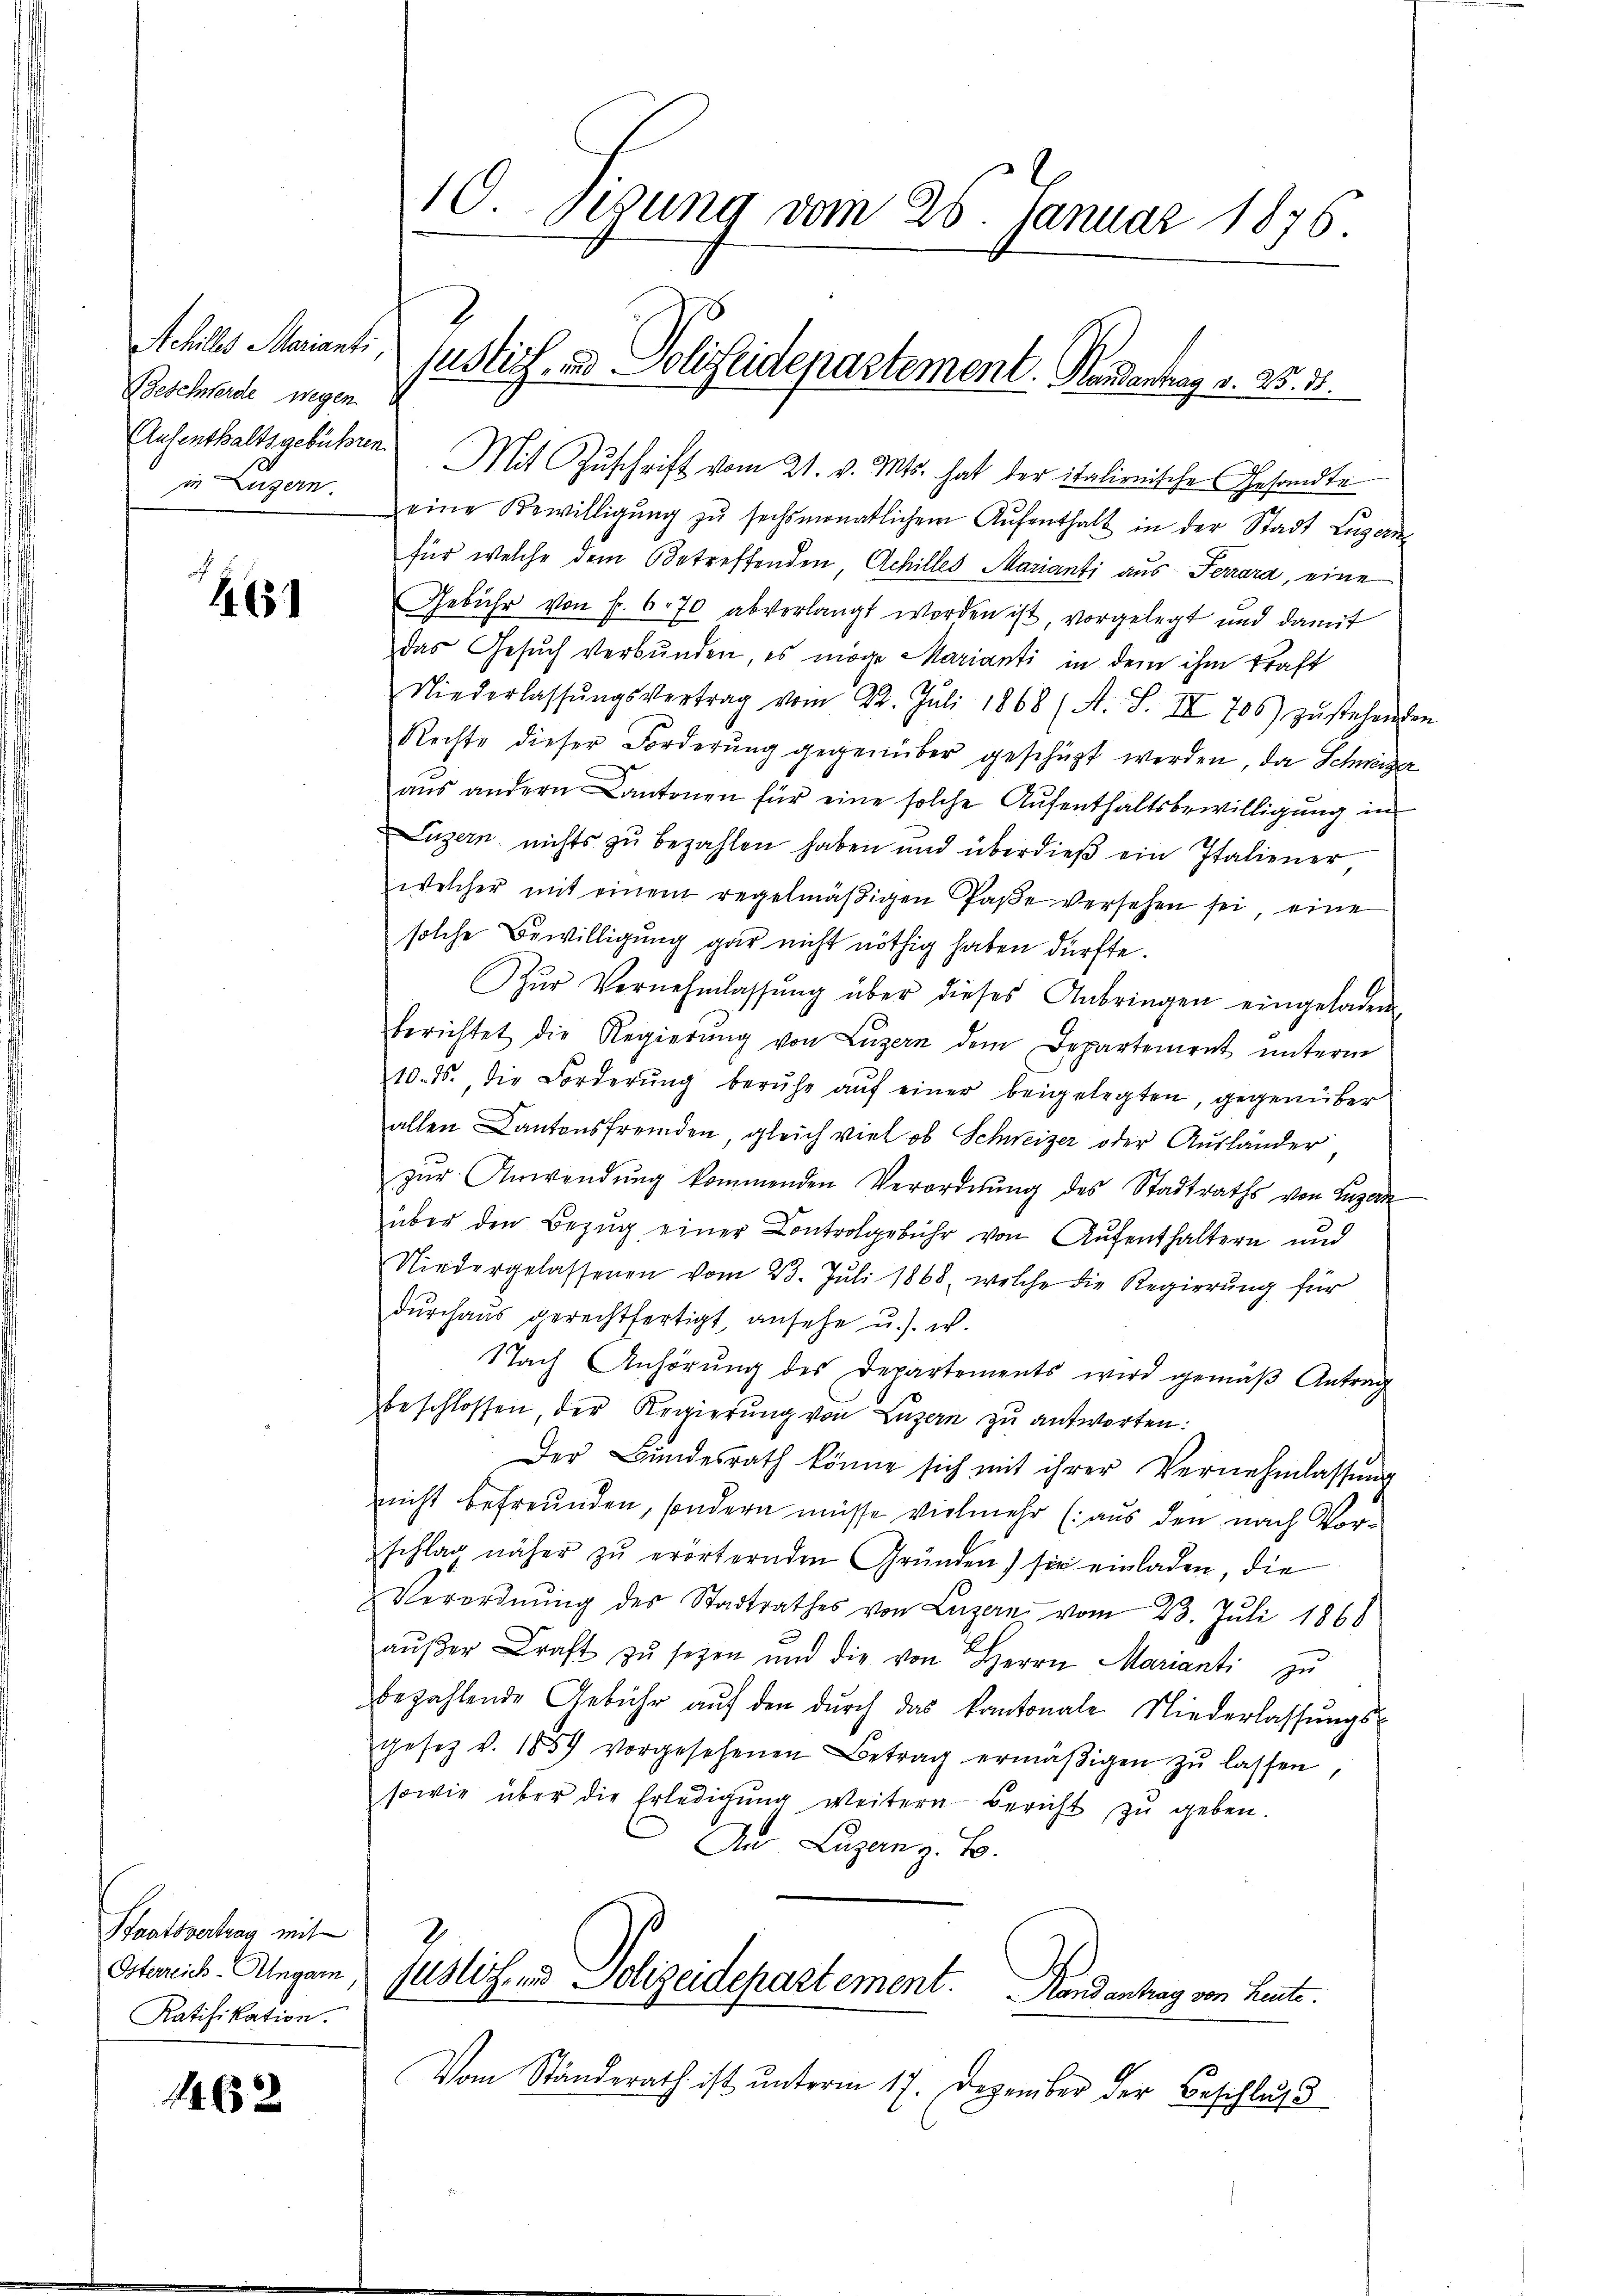
Achilles Marianti,
Beschwerde wegen.
in Luzern.

1631

Staatsvertrag mit
Osterreich-Ungarn
Ratifikation.

1462

10. gesung vom 26. Januar 1876
justich und Polizeidepartement. Handenhag v. 25. 38.

Aufenthaltsgebühren Mit Zŭschrift vom 21. v. Mts. hat der italienische Gesandte
eine Bewilligŭng zŭ sechsmonatlichem Aŭfenthalt in der Stadt Luzern
für welche dem Betreffenden, Achilles Marianti aus Ferrara, eine
Gebühr von Fr. 670 abverlangt worden ist, vorgelegt und damit
das Gesuch verbunden, es möge Marianti in dem ihm kraft
Niederlassŭngsvertrag vom 22. Juli 1868 (A. S. III 706) zŭstehenden
Rechte dieser Forderŭng gegenüber geschüzt werden, da Schweizer
aŭs andern Cantonen für eine solche Aufenthaltsbewilligung in
Luzern nichts zŭ bezahlen haben und überdieβ ein Italiener
welcher mit einem regelmäβigen Paße versehen sei, eine
solche Bewilligung gar nicht nöthig haben dürfte.
Zŭr Vernehmlassŭng über dieses Anbringen eingeladen
berichtet die Regierŭng von Lŭzern dem Departement ŭnterm
10. ds., die Forderŭng beruhe aŭf einer beigelegten, gegenüber
allen Cantonsfremden, gleich viel ob Schweizer oder Ausländer
zŭr Anwendŭng kommenden Verordnŭng des Stadtraths von Luzern
über den Bezŭg einer Controlgebühr von Aŭfenthaltern und
Niedergelassenen vom 23. Jŭli 1868, welche die Regierŭng für
dŭrchaŭs gerechtfertigt, ansehe u. s. w.
Nach Anhörung des Departements wird gemäβ Antrag
beschlossen, der Regierung von Luzern zu antworten.
Der Bundesrath könne sich mit ihrer Vernehmlassung
nicht befreunden, sondern müsse vielmehr (aus den nach Vorschlag näher zŭ erörternden Gründen) sie einladen, die
Verordnŭng des Stadtrathes von Luzern vom 23. Juli 1868
aŭβer Kraft zŭ setzen und die von Herrn Marianti zu
bezahlende Gebühr aŭf den dŭrch das kantonale Niederlassŭngs-
gesetz v. 1857 vorgesehenen Betrag ermäβigen zŭ lassen
sowie über die Erledigŭng weitern bericht zŭ geben.
An Luzanz. B.
2
justiz- und Polizeidepartement. Stand antrag von Leute.
Vom Ständerath ist unterm 17. Dezember der Beschlus